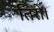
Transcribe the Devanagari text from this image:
तिरी।